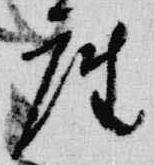
座